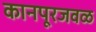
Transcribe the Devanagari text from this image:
कानपूरजवळ